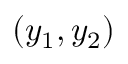
( y _ { 1 } , y _ { 2 } )